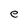
Character: e